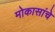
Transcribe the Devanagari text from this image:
मोकासांचे